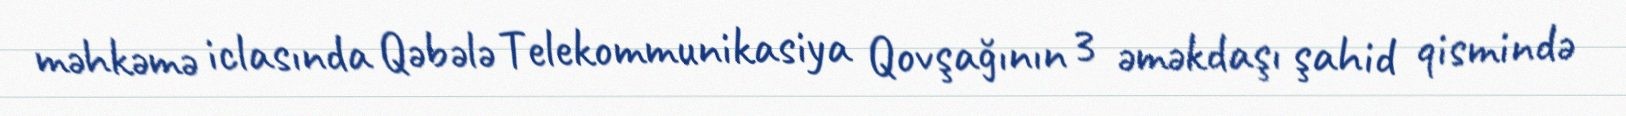
məhkəmə iclasında Qəbələ Telekommunikasiya Qovşağının 3 əməkdaşı şahid qismində